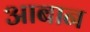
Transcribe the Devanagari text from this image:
आबान